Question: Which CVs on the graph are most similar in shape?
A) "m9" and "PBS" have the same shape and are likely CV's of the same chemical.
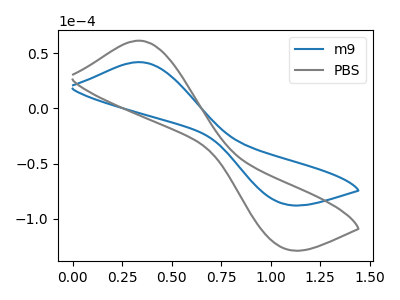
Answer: <think>The blue curve "m9" has an anodic peak at (0.35V, 41.80uA) and a cathodic peak at (1.05V, -86.40uA). The gray curve "PBS" has an anodic peak at (0.35V, 61.20uA) and a cathodic peak at (1.05V, -126.55uA).
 All the peaks in "m9" have a peak in "PBS" at the same potential. Every peak in "m9" is lower than every peak in "PBS".</think>
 <answer>A) "m9" and "PBS" have the same shape and are likely CV's of the same chemical.</answer>
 <eval>A</eval>